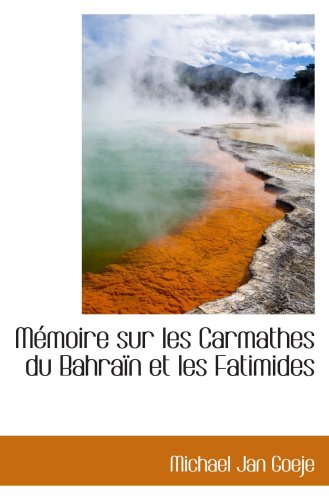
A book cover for MÃ©moire sur les Carmathes du BahraÃ¯n et les Fatimides; Michael Jan Goeje; History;